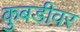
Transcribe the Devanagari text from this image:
कुबडीवर